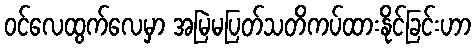
ဝင်လေထွက်လေမှာ အမြဲမပြတ်သတိကပ်ထားနိုင်ခြင်းဟာ